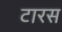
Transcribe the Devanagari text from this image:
टारस